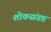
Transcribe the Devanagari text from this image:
शोकसंतप्त